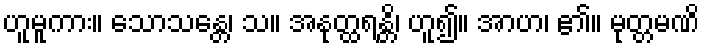
ဟူမူကား။ သောသန္တေ၊ သ။ အနုတ္ထရန္တိ၊ ဟူ၍။ အာဟ၊ ၏။ မုတ္တမဏိ